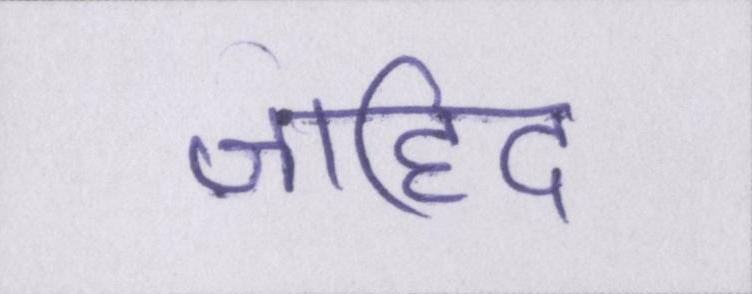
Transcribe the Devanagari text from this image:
जाहिद